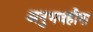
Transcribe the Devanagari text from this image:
अनुभवहीना